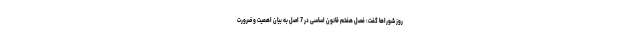
روز شوراها گفت: فصل هفتم قانون اساسی در 7 اصل به بیان اهمیت و ضرورت